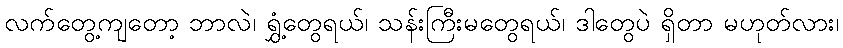
လက်တွေ့ကျတော့ ဘာလဲ၊ ရွှံ့တွေရယ်၊ သန်းကြီးမတွေရယ်၊ ဒါတွေပဲ ရှိတာ မဟုတ်လား၊